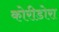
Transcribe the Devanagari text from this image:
कोरीडोरा